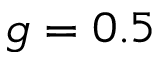
g = 0 . 5